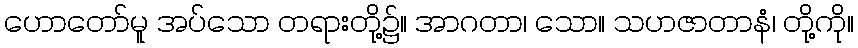
ဟောတော်မူ အပ်သော တရားတို့၌။ အာဂတာ၊ သော။ သဟဇာတာနံ၊ တို့ကို။